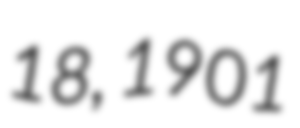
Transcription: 18, 1901